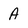
Character: A